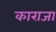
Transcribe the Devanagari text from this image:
काराजा